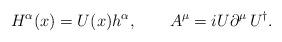
LaTeX: \begin{align*}H^{\alpha}(x)=U(x)h^{\alpha}, \qquad A^\mu=iU\partial^\mu\,U^\dagger .\end{align*}